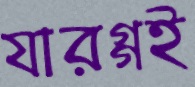
যারগ্গই